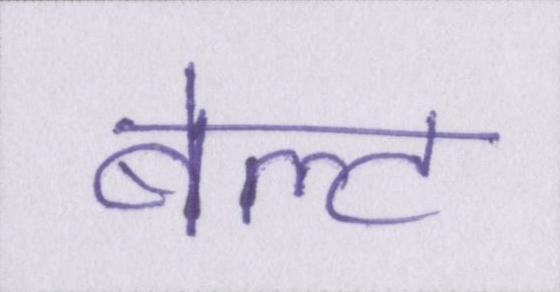
बेल्ट